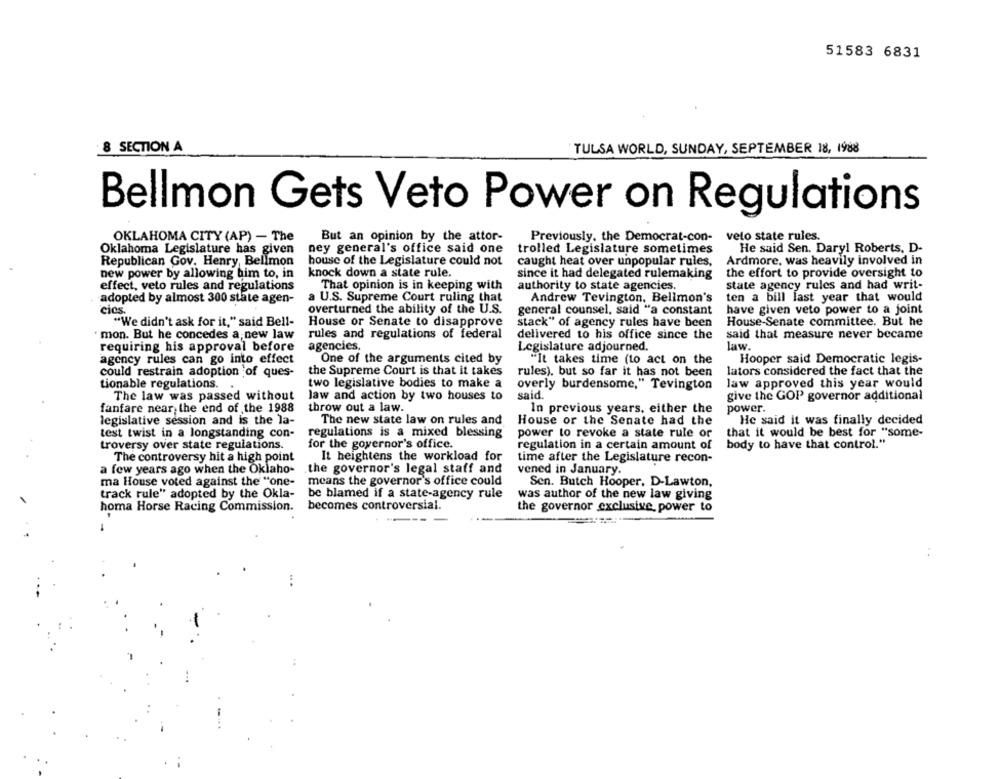
51583 6831
8 SECTION A
TULSA WORLD, SUNDAY, SEPTEMBER 18, 1988
Bellmon Gets Veto Power on Regulations
OKLAHOMA CITY (AP) - The
But an opinion by the attor-
Previously. the Democrat-con-
velo state rules.
Oklahoma Legislature has given
ney general's office said one
trolled Legislature sometimes
He said Sen. Daryl Roberts, D-
Republican Gov. Henry, Bellmon
house of the Legislature could not
caught heat over unpopular rules,
Ardmore, was heavily involved in
new power by allowing him to, in
knock down a state rule.
since it had delegated rulemaking
the effort to provide oversight to
effect, veto rules and regulations
That opinion is in keeping with
authority to state agencies.
state agency rules and had writ-
ten a bill last year that would
adopted by almost 300 state agen-
a U.S. Supreme Court ruling that
Andrew Tevington. Belimon's
cies.
overturned the ability of the U.S.
general counsel, said "a constant
have given veto power to a joint
"We didn't ask for it," said Bell-
House or Senate to disapprove
stack" of agency rules have been
House-Senate committee. But he
. mon. But he concedes a new law
rules and regulations of federal
delivered to his office since the
said that measure never became
requiring his approval before
agencies.
Legislature adjourned.
law.
agency rules can go into effect
One of the arguments cited by
"It takes time (to act on the
Hooper said Democratic legis-
could restrain adoption of ques-
the Supreme Court is that it takes
rules), but so far it has not been
lators considered the fact that the
tionable regulations.
two legislative bodies to make a
overly burdensome," Tevington
law approved this year would
The law was passed without
law and action by two houses to
said.
give the GOP governor additional
fanfare near, the end of the 1988
throw out a law.
In previous years. either the
power.
legislative session and is the la-
The new state law on rules and
House or the Senate had the
He said it was finally decided
test twist in a longstanding con-
regulations is a mixed blessing
power to revoke a state rule or
that it would be best for "some-
troversy over state regulations.
for the governor's office.
regulation in a certain amount of
body to have that control."
The controversy hit a high point
It heightens the workload for
time after the Legislature recon-
a few years ago when the Oklaho-
the governor's legal staff and
vened in January.
ma House voted against the "one-
means the governor's office could
Sen. Butch Hooper, D-Lawton,
track rule" adopted by the Okla-
be blamed if a state-agency rule
was author of the new law giving
becomes controversial.
homa Horse Racing Commission.
the governor exclusive power to
---